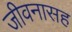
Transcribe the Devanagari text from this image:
जीवनासह